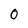
Character: 0